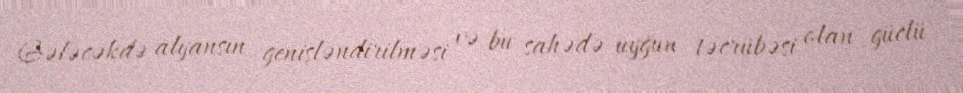
Gələcəkdə alyansın genişləndirilməsi və bu sahədə uyğun təcrübəsi olan güclü